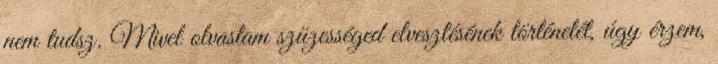
nem tudsz. Mivel olvastam szüzességed elvesztésének történetét, úgy érzem,